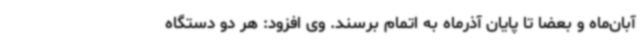
آبان‌ماه و بعضا تا پایان آذرماه به اتمام برسند. وی افزود: هر دو دستگاه